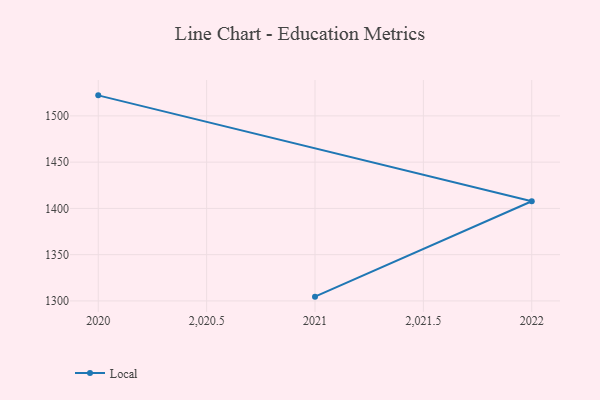
{"axis": {"x": "Year", "y": "LTV (USD)"}, "legend": ["Local"], "data": [{"x": "2020", "y": 1522.2, "type": "Local"}, {"x": "2022", "y": 1407.7, "type": "Local"}, {"x": "2021", "y": 1304.6, "type": "Local"}]}